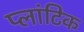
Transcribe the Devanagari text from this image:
प्लांटिक